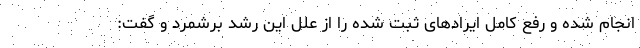
انجام شده و رفع کامل ایرادهای ثبت شده را از علل این رشد برشمرد و گفت: